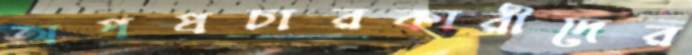
অপপ্রচারকারীদের